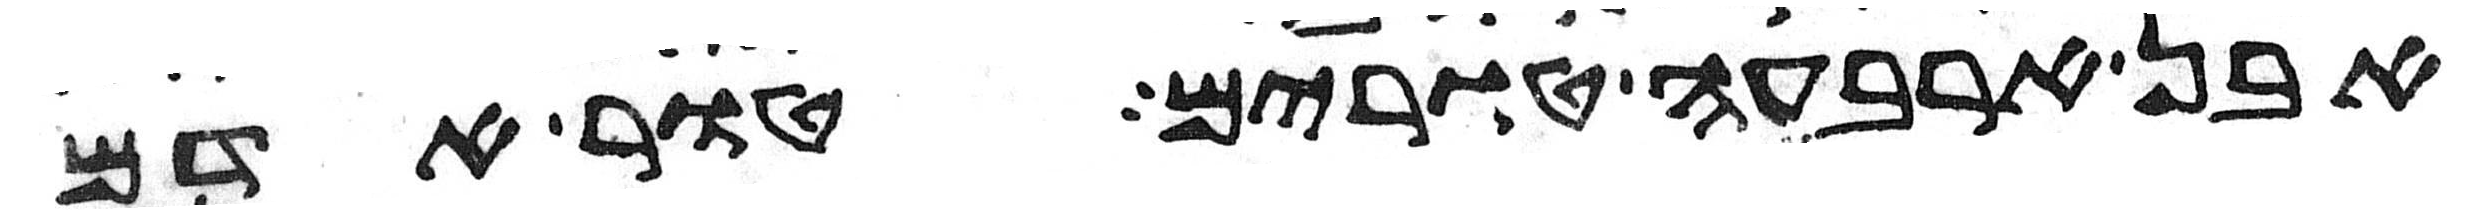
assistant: אבן ארבעה טורים טור אדם